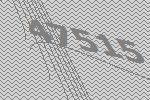
47515